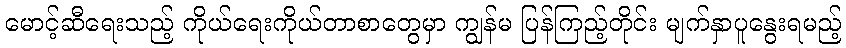
မောင့်ဆီရေးသည့် ကိုယ်ရေးကိုယ်တာစာတွေမှာ ကျွန်မ ပြန်ကြည့်တိုင်း မျက်နှာပူနွေးရမည့်